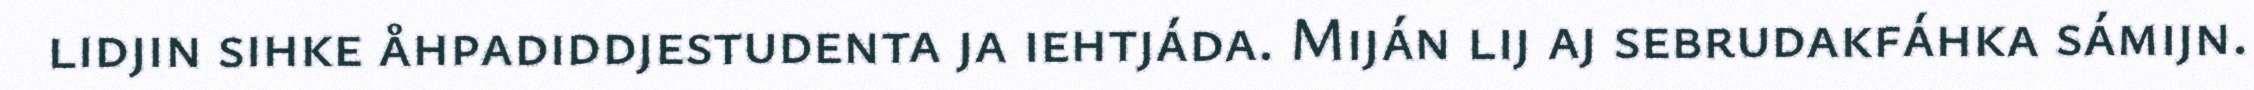
lidjin sihke åhpadiddjestudenta ja iehtjáda. Miján lij aj sebrudakfáhka sámijn.